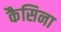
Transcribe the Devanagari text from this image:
कैसिना